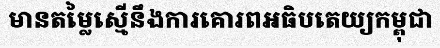
មានតម្លៃស្មើនឹងការគោរពអធិបតេយ្យកម្ពុជា